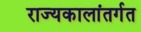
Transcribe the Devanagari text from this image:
राज्यकालांतर्गत